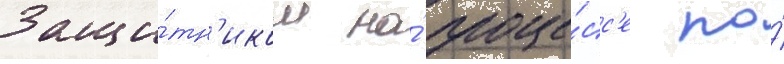
Защи́тн'иком на́ проце́сс'е по́